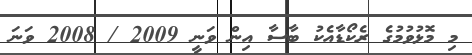
މި މޮޅުވުމުގެ ރެކޯޑާއެކު ބާސާ އިން ވަނީ 2009 / 2008 ވަަނަ